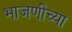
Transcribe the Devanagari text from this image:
भाजणीच्या